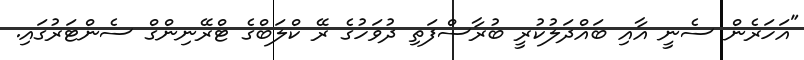
"އަހަރެން ސެނީ އާއި ބައްދަލުކުރީ ބުރާސްފަތި ދުވަހުގެ ރޭ ކްލަބްގެ ޓްރޭނިންގް ސެންޓަރުގައި.